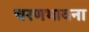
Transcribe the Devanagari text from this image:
चरणभावना